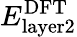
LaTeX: E_{\mathrm{layer2}}^{\mathrm{{DFT}}}